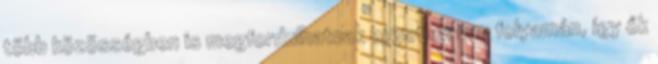
több közösségben is megfordulhatnak egyetlen nap folyamán, így ők